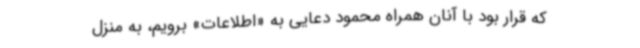
که قرار بود با آنان همراه محمود دعایی به «اطلاعات» برویم، به منزل